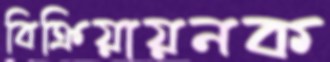
বিক্রিয়ায়নক